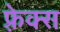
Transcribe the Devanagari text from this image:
फ़्रेक्स